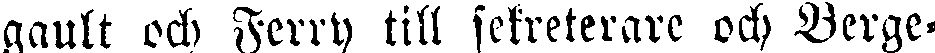
gault och Ferry till sekreterare och Berge-